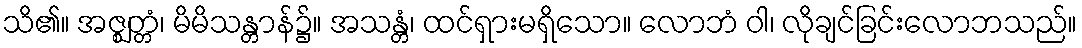
သိ၏။ အဇ္ဈတ္တံ၊ မိမိသန္တာန်၌။ အသန္တံ၊ ထင်ရှားမရှိသော။ လောဘံ ဝါ၊ လိုချင်ခြင်းလောဘသည်။